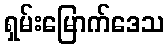
ရှမ်းမြောက်ဒေသ